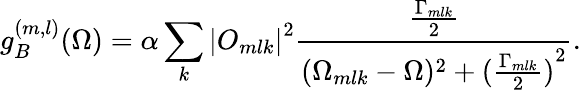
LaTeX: g_{B}^{(m,l)}(\Omega)=\alpha\sum_{k}{|O_{mlk}|}^{2}\frac{\frac{\Gamma_{mlk}}{2}}{(\Omega_{mlk}-\Omega)^{2}+{(\frac{\Gamma_{mlk}}{2})}^{2}}.